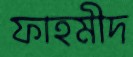
ফাহমীদ